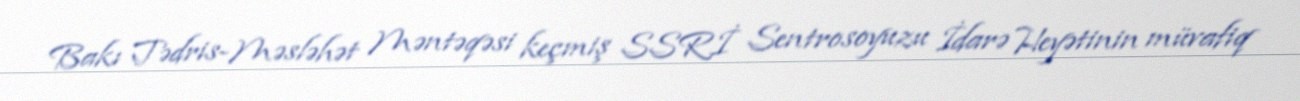
Bakı Tədris-Məsləhət Məntəqəsi keçmiş SSRİ Sentrosoyuzu İdarə Heyətinin müvafiq